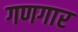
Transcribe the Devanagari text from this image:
गणगार